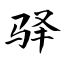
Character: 驿